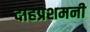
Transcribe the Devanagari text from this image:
दाहप्रशमनी